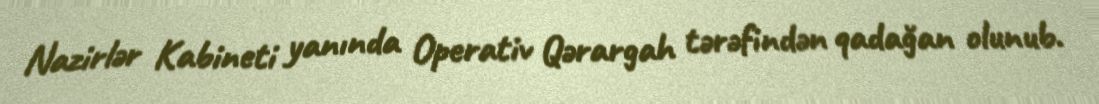
Nazirlər Kabineti yanında Operativ Qərargah tərəfindən qadağan olunub.